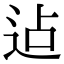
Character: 迠